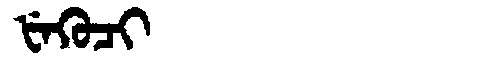
Manchu: ᡶᡝᡴᡠᠴᡳ
Romanization: FEKUCI